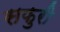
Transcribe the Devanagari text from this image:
सफुरी